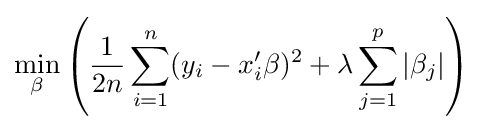
\min _{\beta }\left({\frac {1}{2n}}\sum _{i=1}^{n}(y_{i}-x_{i}'\beta )^{2}+\lambda \sum _{j=1}^{p}|\beta _{j}|\right)